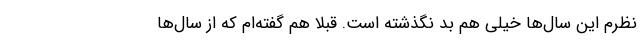
نظرم این سال‌ها خیلی هم بد نگذشته است. قبلا هم گفته‌ام که از سال‌ها